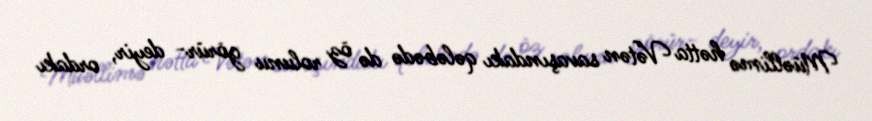
Müəllimə hətta Vətən savaşındakı qələbədə də öz rolunu görür- deyir, ordakı